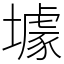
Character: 壉